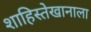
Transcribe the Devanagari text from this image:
शाहिस्तेखानाला